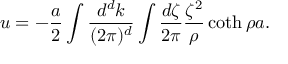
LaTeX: u = - { \frac { a } { 2 } } \int { \frac { d ^ { d } k } { ( 2 \pi ) ^ { d } } } \int { \frac { d \zeta } { 2 \pi } } { \frac { \zeta ^ { 2 } } { \rho } } \coth \rho a .